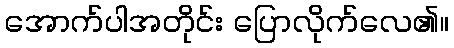
အောက်ပါအတိုင်း ပြောလိုက်လေ၏။